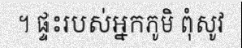
។ ផ្ទះរបស់អ្នកភូមិ ពុំសូវ